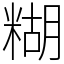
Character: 糊